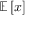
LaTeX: \mathbb { E } \left[ x \right]